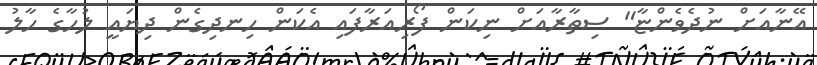
އޭނާއަށް ނުދެވެންޏާ" ސިތާރާއަށް ނިކަން ފޯރިއަރާފައި އެކަން ހިނދިގެން ދިޔައީ ލުހާގެ ހާލު